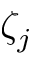
\zeta _ { j }